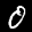
Label: 0